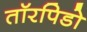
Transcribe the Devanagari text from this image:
तॉरपिडो